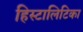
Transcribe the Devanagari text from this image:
हिस्टालिटिका